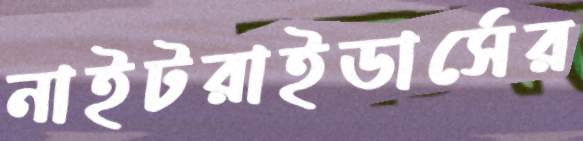
নাইটরাইডার্সের